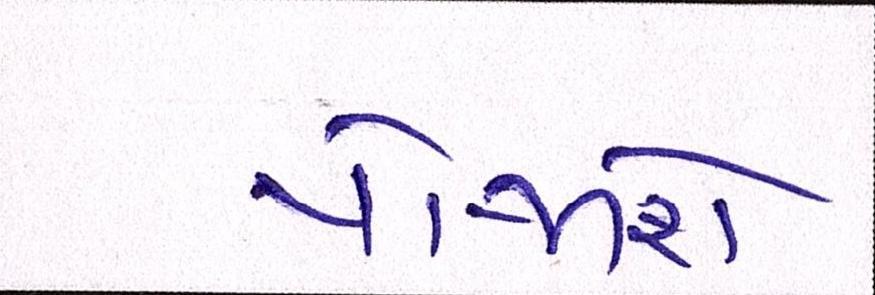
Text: યોજાશે